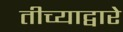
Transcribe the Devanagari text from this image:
तीच्याद्वारे